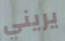
يريني